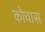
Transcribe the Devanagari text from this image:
कोचास